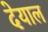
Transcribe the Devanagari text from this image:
देयाल